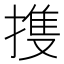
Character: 㨦